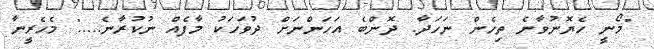
"މޯނީ ހެޔޮނުވާނެ ތިހެން ނަހަދާ. ދޮންބެ އަހަންނަށް ދުވަހަކު މާފެއް ނުކުރާނެ....." މެހެރީނާ